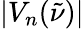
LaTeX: |V_{n}(\tilde{\nu})|